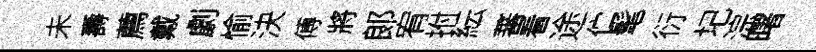
未壽薦戴劇愉決傅將郞宥拊紜蕃看途伫髦衍圮淙曙